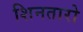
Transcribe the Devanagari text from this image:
शिनतारो